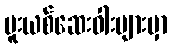
မူးယစ်ဆေးဝါးများမှာ